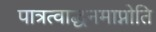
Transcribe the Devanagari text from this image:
पात्रत्वाद्धनमाप्नोति